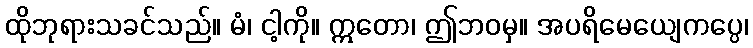
ထိုဘုရားသခင်သည်။ မံ၊ ငါ့ကို။ ဣတော၊ ဤဘဝမှ။ အပရိမေယျေကပ္ပေ၊